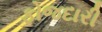
ફોજદારી